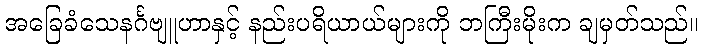
အခြေခံသေနင်္ဂဗျူဟာနှင့် နည်းပရိယာယ်များကို ဘကြီးမိုးက ချမှတ်သည်။